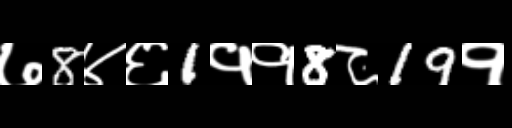
Text: ७8४६1११8८19१